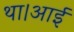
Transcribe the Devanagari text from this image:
था।आई